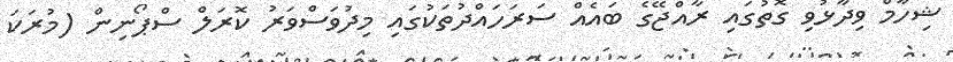
ޝިހާމް ވިދާޅުވި ގޮތުގައި ރާއްޖޭގެ ބައެއް ސަރަހައްދުތަކުގައި މިދުވަސްވަރު ކޮރަލް ސްޕޯނިން (މުރަކަ